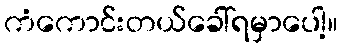
ကံကောင်းတယ်ခေါ်ရမှာပေါ့။